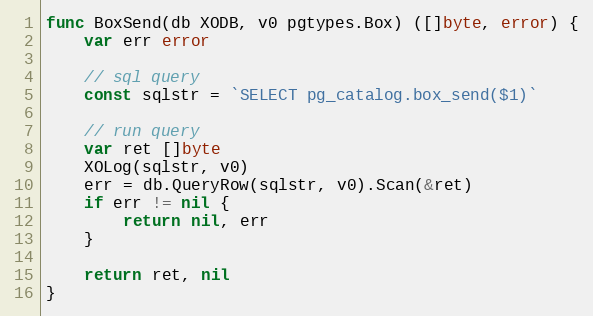
Language: Go
func BoxSend(db XODB, v0 pgtypes.Box) ([]byte, error) {
	var err error

	// sql query
	const sqlstr = `SELECT pg_catalog.box_send($1)`

	// run query
	var ret []byte
	XOLog(sqlstr, v0)
	err = db.QueryRow(sqlstr, v0).Scan(&ret)
	if err != nil {
		return nil, err
	}

	return ret, nil
}